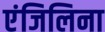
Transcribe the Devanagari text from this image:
एंजिलिना